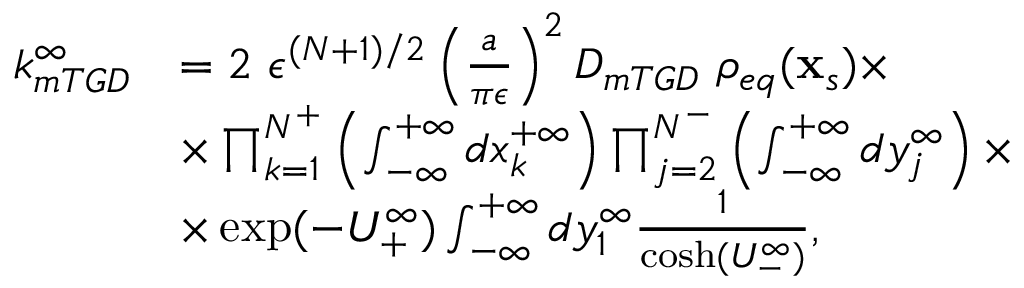
\begin{array} { r l } { k _ { m T G D } ^ { \infty } } & { = 2 \ \epsilon ^ { ( N + 1 ) / 2 } \left( \frac { a } { \pi \epsilon } \right) ^ { 2 } D _ { m T G D } \ \rho _ { e q } ( \mathbf { x } _ { s } ) \times } \\ & { \times \prod _ { k = 1 } ^ { N ^ { + } } \left( \int _ { - \infty } ^ { + \infty } d x _ { k } ^ { + \infty } \right) \prod _ { j = 2 } ^ { N ^ { - } } \left( \int _ { - \infty } ^ { + \infty } d y _ { j } ^ { \infty } \right) \times } \\ & { \times \exp ( - U _ { + } ^ { \infty } ) \int _ { - \infty } ^ { + \infty } d y _ { 1 } ^ { \infty } \frac { 1 } { \cosh ( U _ { - } ^ { \infty } ) } , } \end{array}